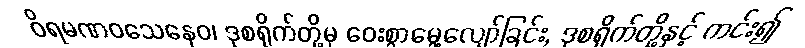
ဝိရမဏဝသေနေဝ၊ ဒုစရိုက်တို့မှ ဝေးစွာမွေ့လျော်ခြင်း, ဒုစရိုက်တို့နှင့် ကင်း၍